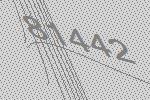
81442